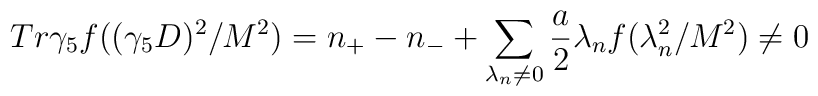
Tr \gamma_{5}f((\gamma_{5}D)^{2}/M^{2}) = n_{+}- n_{-} +\sum_{ \lambda_{n}\neq 0}\frac{a}{2}\lambda_{n}f(\lambda_{n}^{2}/M^{2})\neq 0